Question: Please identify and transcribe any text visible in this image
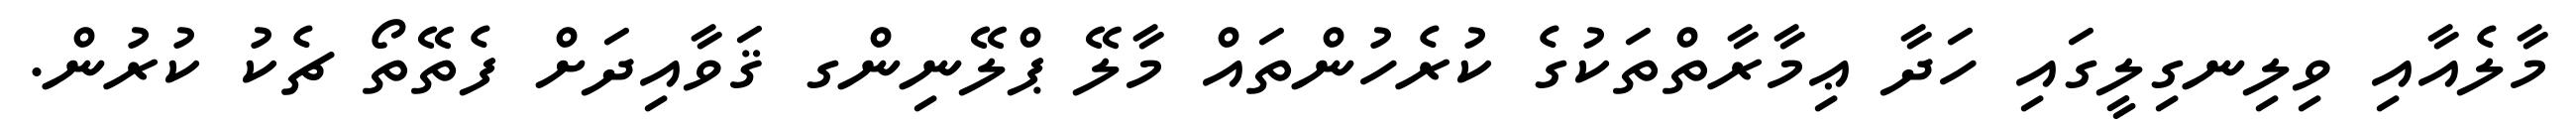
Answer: މާލެއާއި ވިލިނގިލީގައި ހަދާ ޢިމާރާތްތަކުގެ ކުރެހުންތައް މާލޭ ޕްލޭނިންގ ޤަވާއިދަށް ފެތޭތޯ ޗެކު ކުރުން.